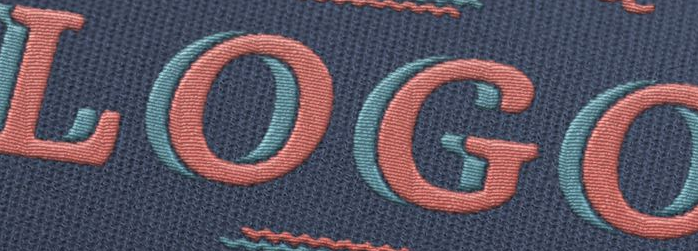
LOGO